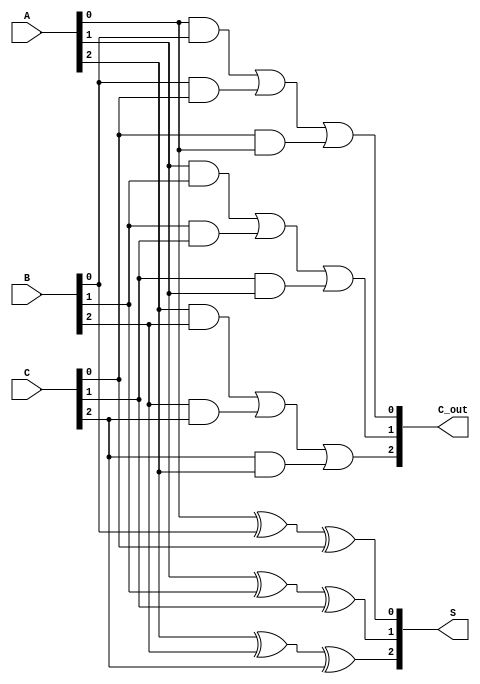
module CarrySaveAdder (
    input  [2:0] A, // 3-bit input A
    input  [2:0] B, // 3-bit input B
    input  [2:0] C, // 3-bit input C
    output [2:0] S, // 3-bit sum output
    output [2:0] C_out // 3-bit carry output
);

// Intermediate wires for sum and carry
wire [2:0] sum;
wire [2:0] carry;

// Calculate sum and carry for each bit position
assign sum[0] = A[0] ^ B[0] ^ C[0]; // S0
assign carry[0] = (A[0] & B[0]) | (B[0] & C[0]) | (C[0] & A[0]); // C0

assign sum[1] = A[1] ^ B[1] ^ C[1]; // S1
assign carry[1] = (A[1] & B[1]) | (B[1] & C[1]) | (C[1] & A[1]); // C1

assign sum[2] = A[2] ^ B[2] ^ C[2]; // S2
assign carry[2] = (A[2] & B[2]) | (B[2] & C[2]) | (C[2] & A[2]); // C2

// Assign outputs
assign S = sum;     // Sum output
assign C_out = carry; // Carry output

endmodule